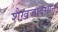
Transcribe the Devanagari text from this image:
शैख़जादगान